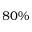
8 0 \%